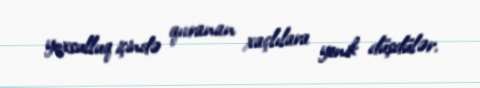
yoxsulluq içində qıvranan xaçlılara yenik düşdülər.